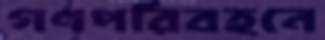
গণপরিবহনে